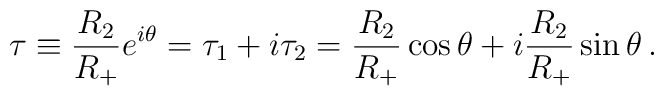
\tau\equiv  \frac{R_2}{R_+}e^{i\theta}    =\tau_1+i\tau_2=\frac{R_2}{R_+}\cos\theta +i\frac{R_2}{R_+}\sin\theta\,.